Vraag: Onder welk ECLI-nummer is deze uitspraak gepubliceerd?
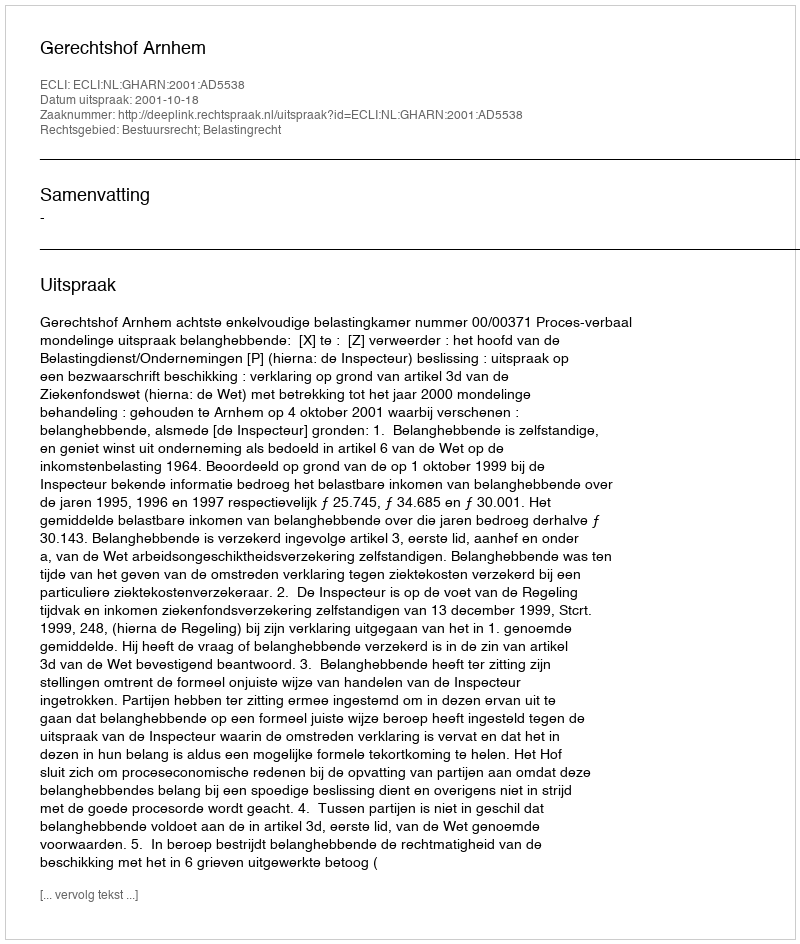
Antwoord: ECLI:NL:GHARN:2001:AD5538